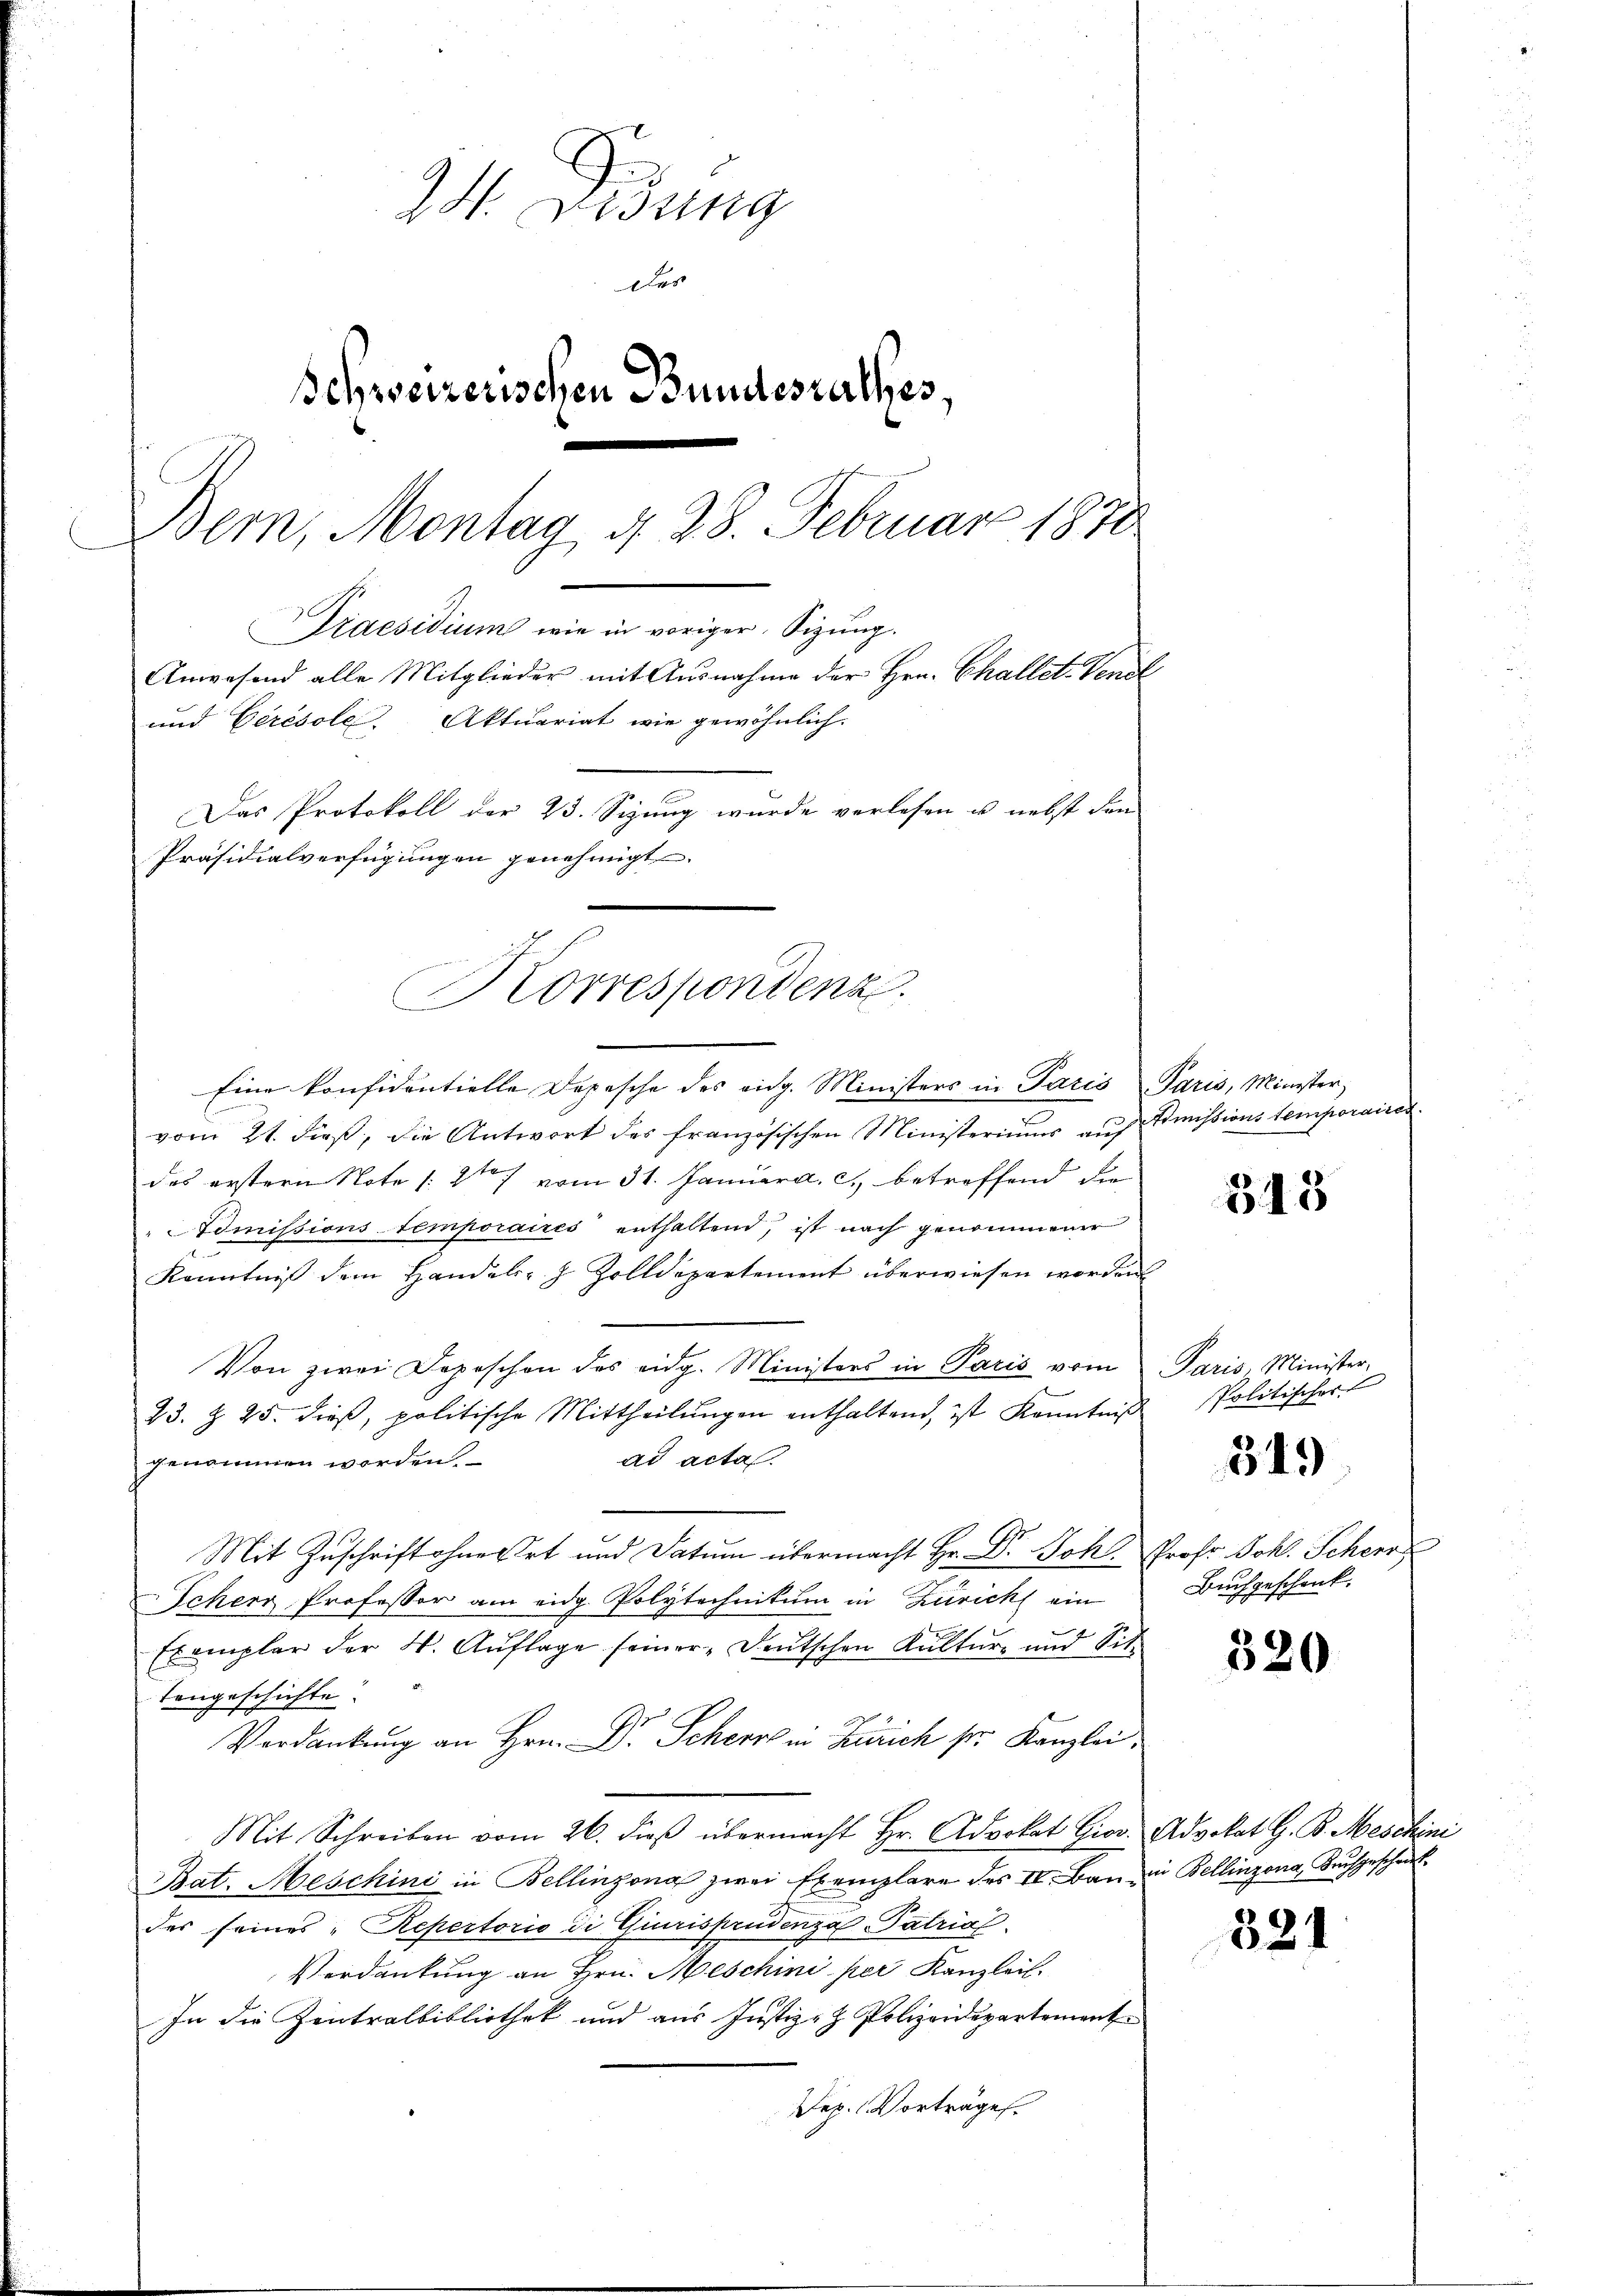
24. Sedung
Des
Schweizerischen Bundesrathes,
Bern, Montag d. 28. Februar 1870
Praesidium wie in voriger, Sizung.
Anwesend alle Mitglieder mit Ausnahme der Hrn. Challet-Vendl
und Cérésole Aktuariat wie gewöhnlich.
Das Protokoll der 23. Sizung wurde verlesen u. nebst den
Präsidialverfügungen genehmigt.

Korrespondenz

Eine konfidentielle Depesche des eidg. Ministers in Paris Paris, Minister,
vom 21. dieß, die Antwort des französischen Ministeriums auf Dimissions temporaire
des erstern Note /:21. vom 31. Januar a. c., betreffend die
Atomissions temporaires enthaltend, ist nach genommener
6
Kenntniß dem Handels- & Zolldepartement überwiesen worden
Von zwei Depeschen des eidg. Ministers in Paris vom Paris, Minister-
23. Z. 25. dieβ, politische Mittheilŭngen enthaltend, ist Kenntniß
ad actas.
genommen worden.
Mit Zuschrift ohnert und Datum übermacht Hr. Dr. Joh. Prof. Joh. Scher
Scherr Professor am eidg. Polytechnikum in Zürich ein
Exemplar der 4. Auflage seiner Deutschen Kultur- und Sit-
Tongeschichte.
Verdankung an Hrn. Dr. Scher in Zürich sr. Kanzlei,
Mit Schreiben vom 26. dieβ übermacht Hr. Advokat Cior. Advokat G. B. Meschini
Bat. Meschini in Bellinzona zwei Exemplare des II. Bau in Bellinzona, Buchgeschrit
des seines „Repertorio di Giurisprudenza Patrial
Verdankung an Hrn. Meschini per Kanzlei.
In die Zentralbibliothek und aus Justiz- & Polizeidepartement
Dep. Vorträge.

313

Politischer

319

Bruchgeschenk.

320

321